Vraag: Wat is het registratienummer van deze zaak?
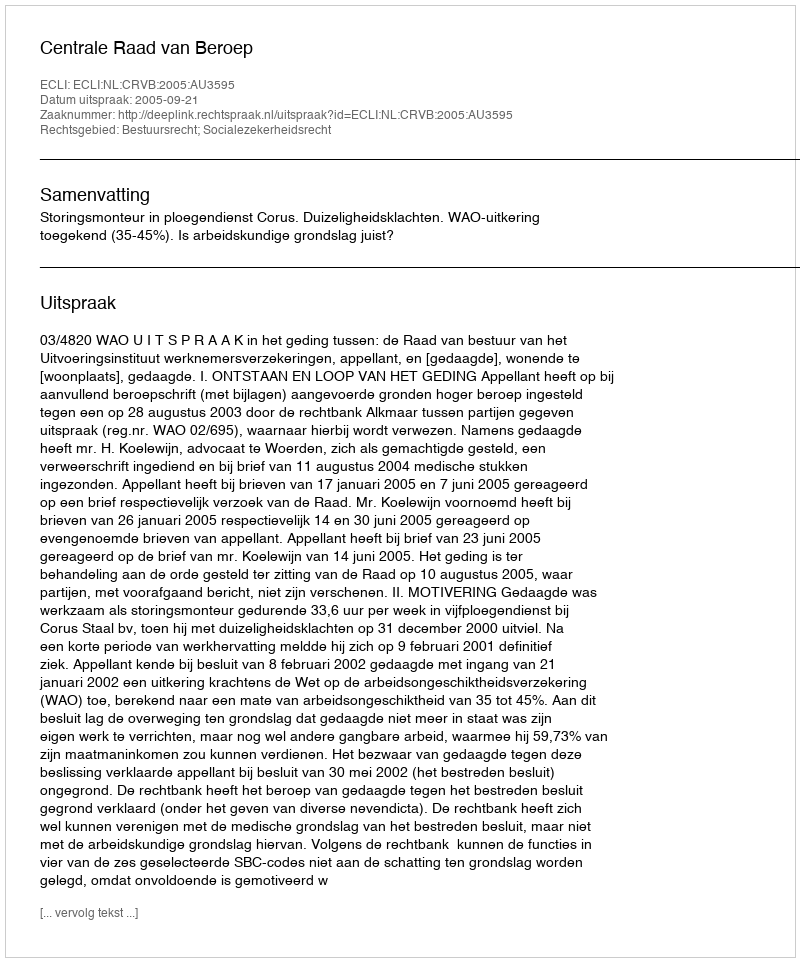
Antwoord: http://deeplink.rechtspraak.nl/uitspraak?id=ECLI:NL:CRVB:2005:AU3595